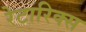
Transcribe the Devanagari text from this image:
रेटारिक्स